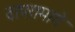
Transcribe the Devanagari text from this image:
वापरामागे